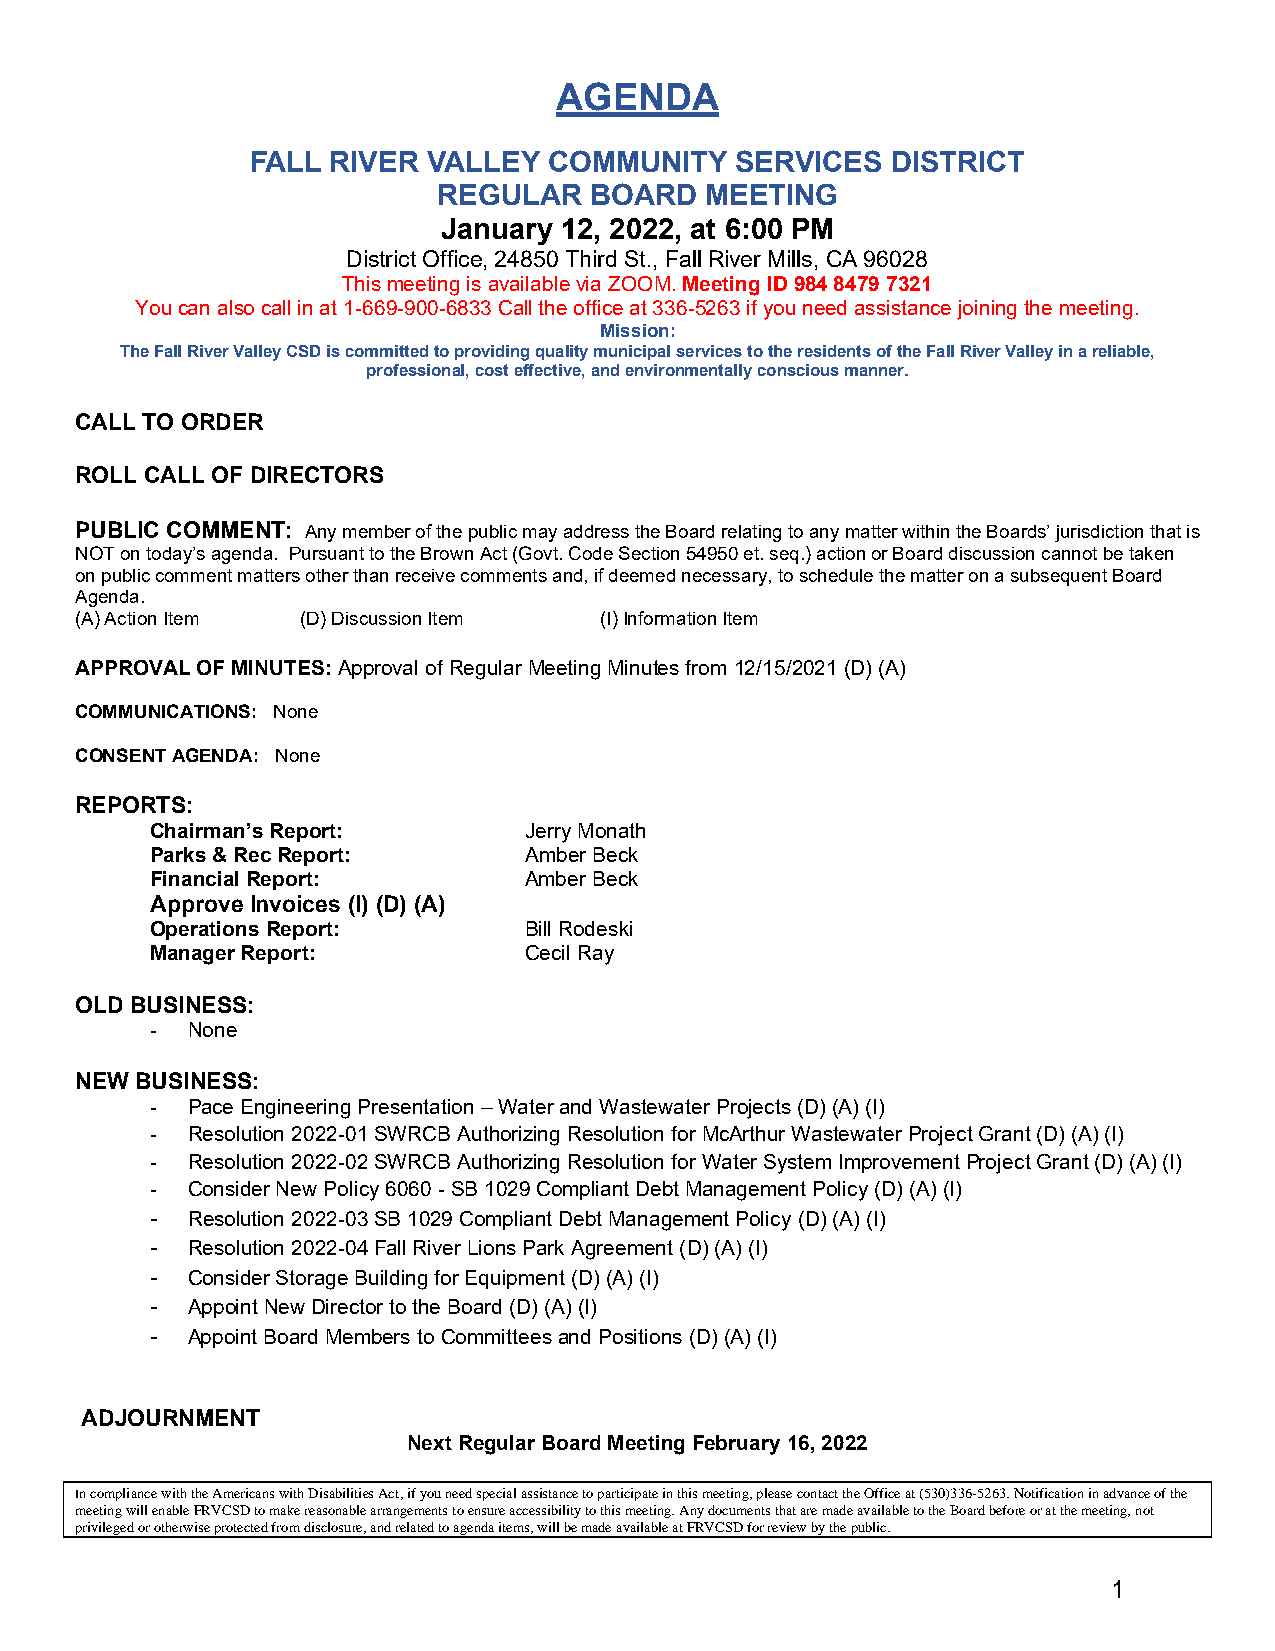
AGENDA
 FALL RIVER VALLEY  COMMUNITY    SERVICES  DISTRICT
 REGULAR   BOARD   MEETING
 January 12, 2022, at 6:00 PM
 District Office, 24850 Third St., Fall River Mills, CA 96028
 This meeting is available via ZOOM. Meeting ID 984 8479 7321
 You can also call in at 1-669-900-6833 Call the office at 336-5263 if you need assistance joining the meeting.
 Mission:
 The Fall River Valley CSD is committed to providing quality municipal services to the residents of the Fall River Valley in a reliable,
 professional, cost effective, and environmentally conscious manner.
 CALL TO ORDER
 ROLL CALL OF DIRECTORS
 PUBLIC COMMENT: Any member of the public may address the Board relating to any matter within the Boards’ jurisdiction that is
 NOT on today’s agenda. Pursuant to the Brown Act (Govt. Code Section 54950 et. seq.) action or Board discussion cannot be taken
 on public comment matters other than receive comments and, if deemed necessary, to schedule the matter on a subsequent Board
 Agenda.
 (A)Action Item (D)Discussion Item  (I)Information Item
 APPROVAL OF MINUTES: Approval of Regular Meeting Minutes from 12/15/2021 (D) (A)
 COMMUNICATIONS: None
 CONSENT AGENDA: None
 REPORTS:
 Chairman’s Report:       Jerry Monath
 Parks & Rec Report:      Amber Beck
 Financial Report:        Amber Beck
 Approve Invoices (I) (D) (A)
 Operations Report:       Bill Rodeski
 Manager Report:          Cecil Ray
 OLD BUSINESS:
 - None
 NEW BUSINESS:
 - Pace Engineering Presentation – Water and Wastewater Projects (D) (A) (I)
 - Resolution 2022-01 SWRCB Authorizing Resolution for McArthur Wastewater Project Grant (D) (A) (I)
 - Resolution 2022-02 SWRCB Authorizing Resolution for Water System Improvement Project Grant (D) (A) (I)
 - Consider New Policy 6060 - SB 1029 Compliant Debt Management Policy (D) (A) (I)
 - Resolution 2022-03 SB 1029 Compliant Debt Management Policy (D) (A) (I)
 - Resolution 2022-04 Fall River Lions Park Agreement (D) (A) (I)
 - Consider Storage Building for Equipment (D) (A) (I)
 - Appoint New Director to the Board (D) (A) (I)
 - Appoint Board Members to Committees and Positions (D) (A) (I)
 ADJOURNMENT
 Next Regular Board Meeting February 16, 2022
 In compliance with the Americans with Disabilities Act, if you need special assistance to participate in this meeting, please contact the Office at (530)336-5263. Notification in advance of the
 meeting will enable FRVCSD to make reasonable arrangements to ensure accessibility to this meeting. Any documents that are made available to the Board before or at the meeting, not
 privileged or otherwise protected from disclosure, and related to agenda items, will be made available at FRVCSD for review by the public.
 1